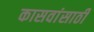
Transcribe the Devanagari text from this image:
कासवांसाठी